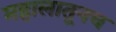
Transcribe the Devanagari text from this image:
महालातूनच